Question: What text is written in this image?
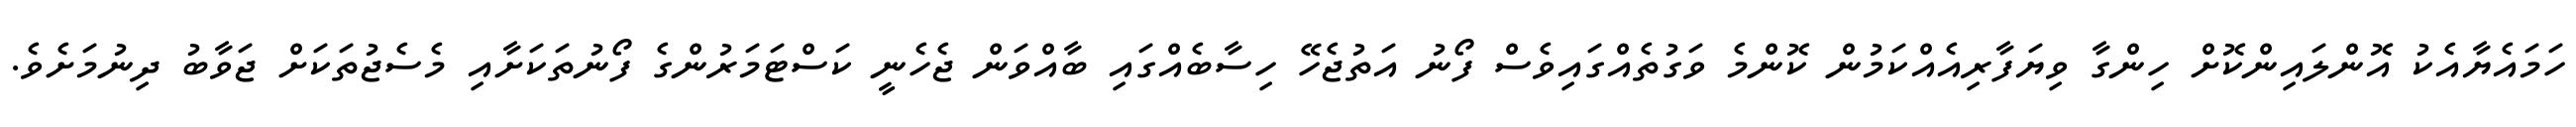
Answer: ހަމައެޔާއެކު އޮންލައިންކޮށް ހިންގާ ވިޔަފާރިއެއްކަމުން ކޮންމެ ވަގުތެއްގައިވެސް ފޯނު އަތުޖެހޭ ހިސާބެއްގައި ބާއްވަން ޖެހެނީ ކަސްޓަމަރުންގެ ފޯނުތަކަށާއި މެސެޖުތަކަށް ޖަވާބު ދިނުމަށެވެ.